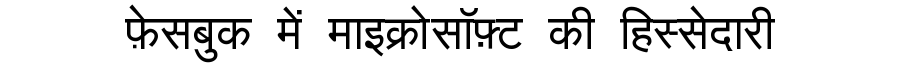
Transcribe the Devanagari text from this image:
फ़ेसबुक में माइक्रोसॉफ़्ट की हिस्सेदारी